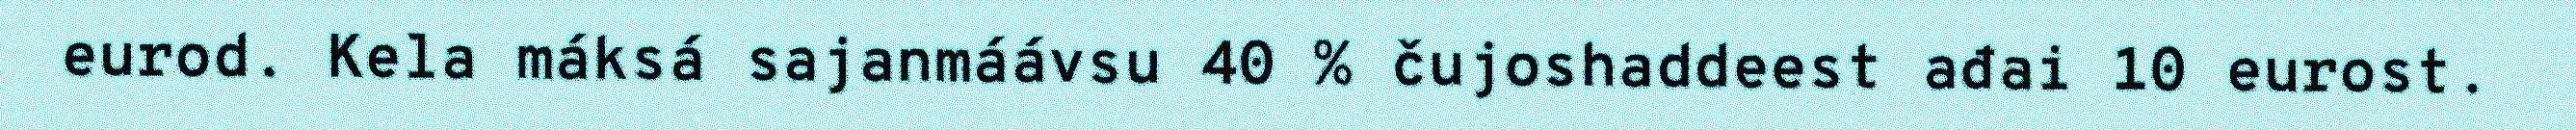
eurod. Kela máksá sajanmáávsu 40 % čujoshaddeest ađai 10 eurost.